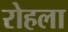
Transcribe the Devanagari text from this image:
रोहला